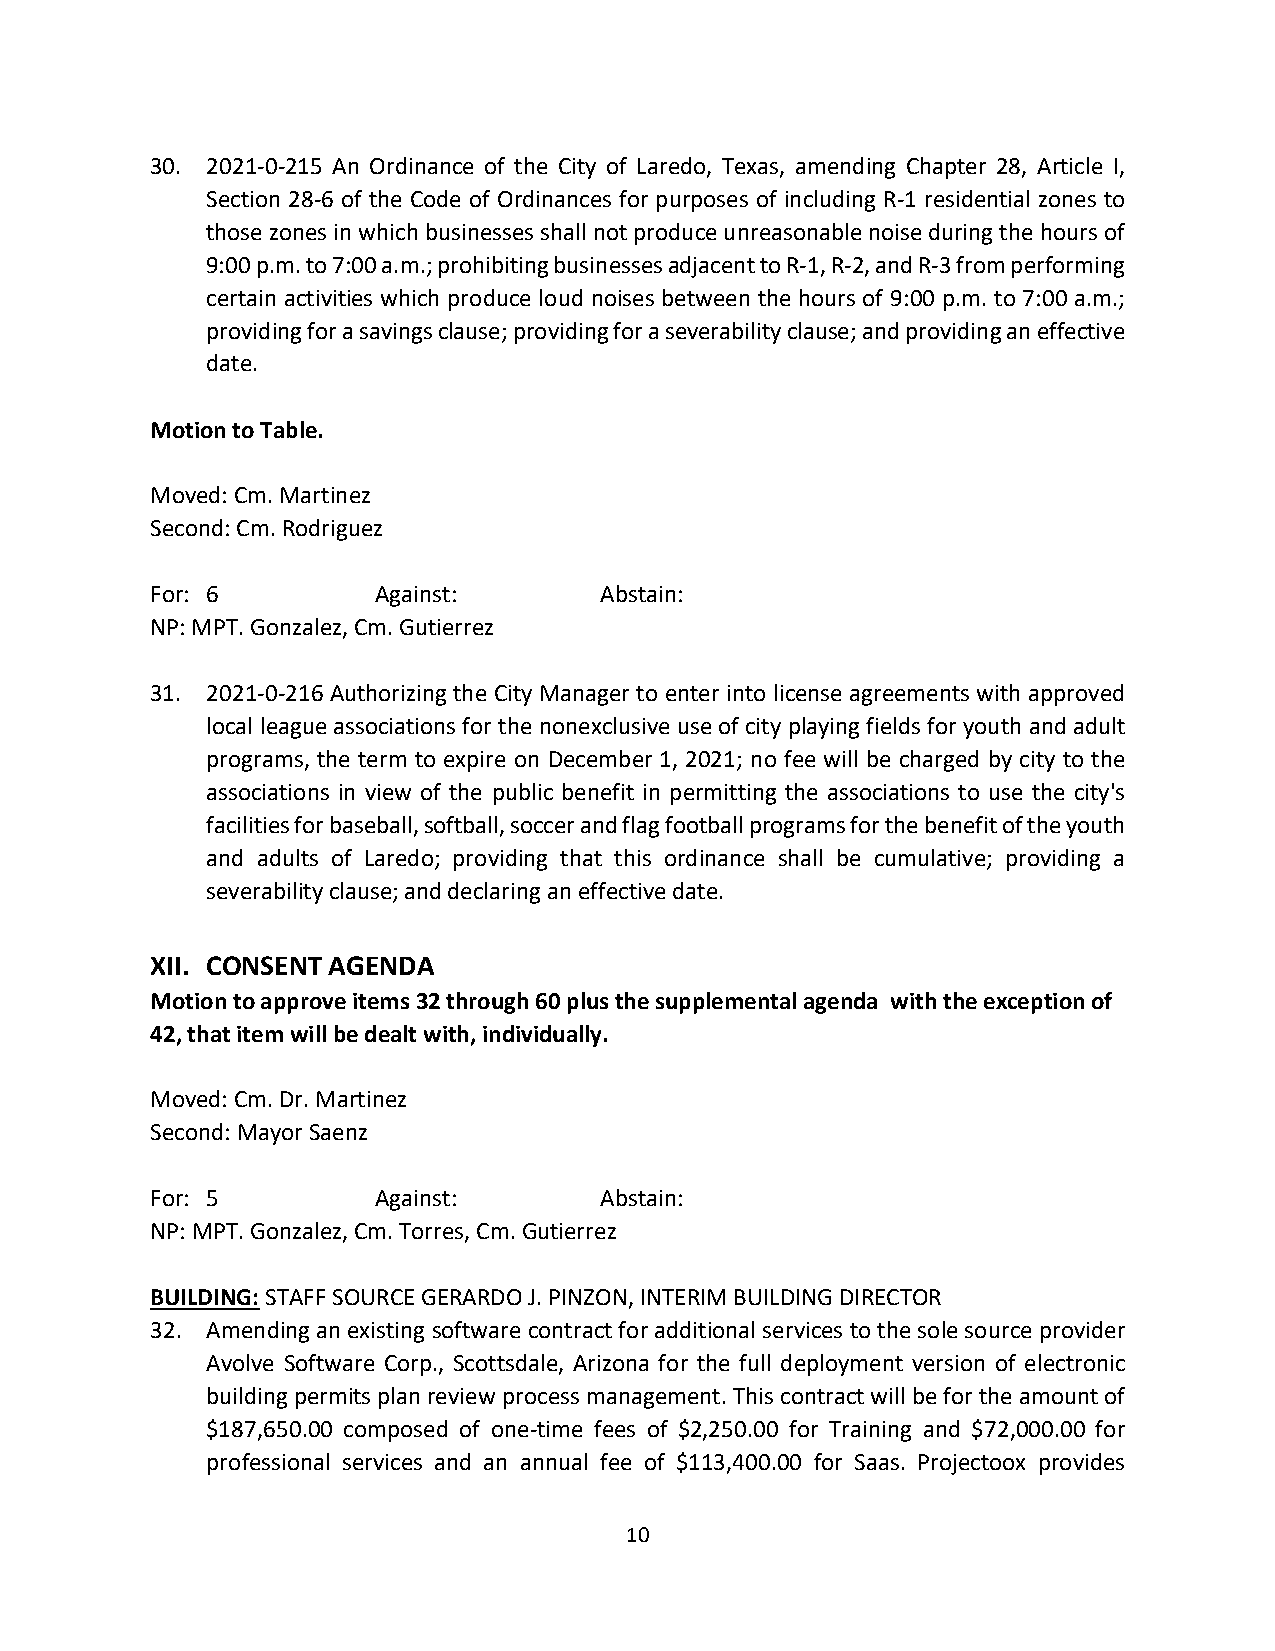
30. 2021-0-215 An Ordinance of the City of Laredo, Texas, amending Chapter 28, Article I,
 Section 28-6 of the Code of Ordinances for purposes of including R-1 residential zones to
 those zones in which businesses shall not produce unreasonable noise during the hours of
 9:00 p.m. to 7:00 a.m.; prohibiting businesses adjacent to R-1, R-2, and R-3 from performing
 certain activities which produce loud noises between the hours of 9:00 p.m. to 7:00 a.m.;
 providing for a savings clause; providing for a severability clause; and providing an effective
 date.
 Motion to Table.
 Moved: Cm. Martinez
 Second: Cm. Rodriguez
 For: 6         Against:       Abstain:
 NP: MPT. Gonzalez, Cm. Gutierrez
 31. 2021-0-216 Authorizing the City Manager to enter into license agreements with approved
 local league associations for the nonexclusive use of city playing fields for youth and adult
 programs, the term to expire on December 1, 2021; no fee will be charged by city to the
 associations in view of the public benefit in permitting the associations to use the city's
 facilities for baseball, softball, soccer and flag football programs for the benefit of the youth
 and adults of Laredo; providing that this ordinance shall be cumulative; providing a
 severability clause; and declaring an effective date.
 XII. CONSENT AGENDA
 Motion to approve items 32 through 60 plus the supplemental agenda with the exception of
 42, that item will be dealt with, individually.
 Moved: Cm. Dr. Martinez
 Second: Mayor Saenz
 For: 5         Against:       Abstain:
 NP: MPT. Gonzalez, Cm. Torres, Cm. Gutierrez
 BUILDING: STAFF SOURCE GERARDO J. PINZON, INTERIM BUILDING DIRECTOR
 32. Amending an existing software contract for additional services to the sole source provider
 Avolve Software Corp., Scottsdale, Arizona for the full deployment version of electronic
 building permits plan review process management. This contract will be for the amount of
 $187,650.00 composed of one-time fees of $2,250.00 for Training and $72,000.00 for
 professional services and an annual fee of $113,400.00 for Saas. Projectoox provides
 10